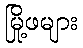
မြို့ဖများ